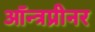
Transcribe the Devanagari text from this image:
ऑन्त्रप्रीनर